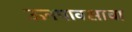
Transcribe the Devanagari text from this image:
ऊनपावसाचा